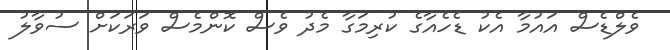
ވެލްޑެސް އައުމާ އެކު ޑެހެއާގެ ކުރިމަގާ މެދު ވެސް ކޮންމެސް ވަރަކަށް ސުވާލު